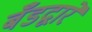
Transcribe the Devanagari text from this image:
बँडद्वारे